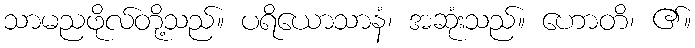
သာမညဖိုလ်တို့သည်။ ပရိယောသာနံ၊ အဆုံးသည်။ ဟောတိ၊ ၏။